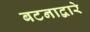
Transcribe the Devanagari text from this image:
बटनाद्वारे